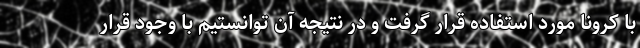
با کرونا مورد استفاده قرار گرفت و در نتیجه آن توانستیم با وجود قرار